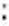
: